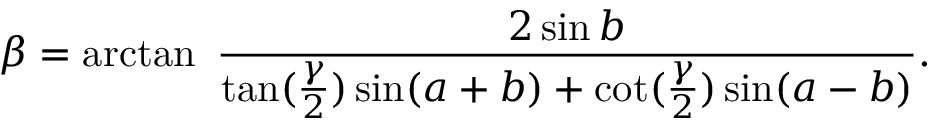
\beta = \arctan \ { \frac { 2 \sin b } { \tan ( { \frac { \gamma } { 2 } } ) \sin ( a + b ) + \cot ( { \frac { \gamma } { 2 } } ) \sin ( a - b ) } } .